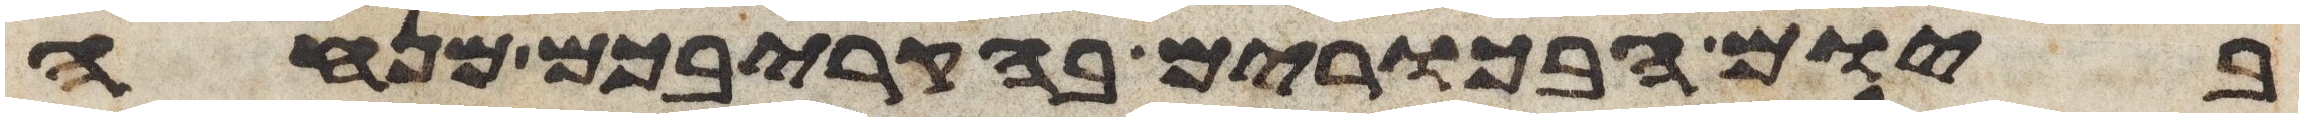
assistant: ביום הבכרים בהקריבכם מנחה